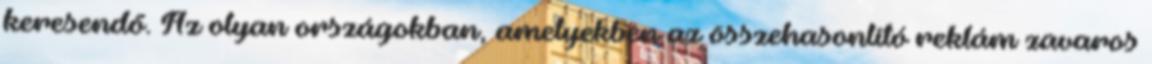
keresendő. Az olyan országokban, amelyekben az összehasonlító reklám zavaros